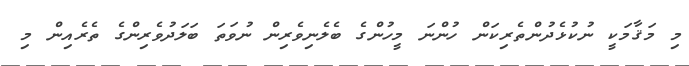
މި މަޤާމަކީ ނުކުޅެދުންތެރިކަން ހުންނަ މީހުންގެ ބެލެނިވެރިން ނުވަތަ ބަލަދުވެރިންގެ ތެރެއިން މި